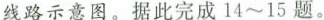
线路示意图。据此完成14~15题。